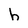
Character: h